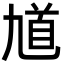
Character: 馗